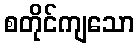
စတိုင်ကျသော